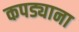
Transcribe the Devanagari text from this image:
कपड्याना